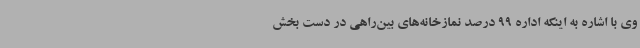
وی با اشاره به اینکه اداره 99 درصد نمازخانه‌های بین‌راهی در دست بخش